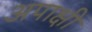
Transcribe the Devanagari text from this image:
अपाक्षी